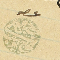
عضو حسين العلم الحاج يوسف